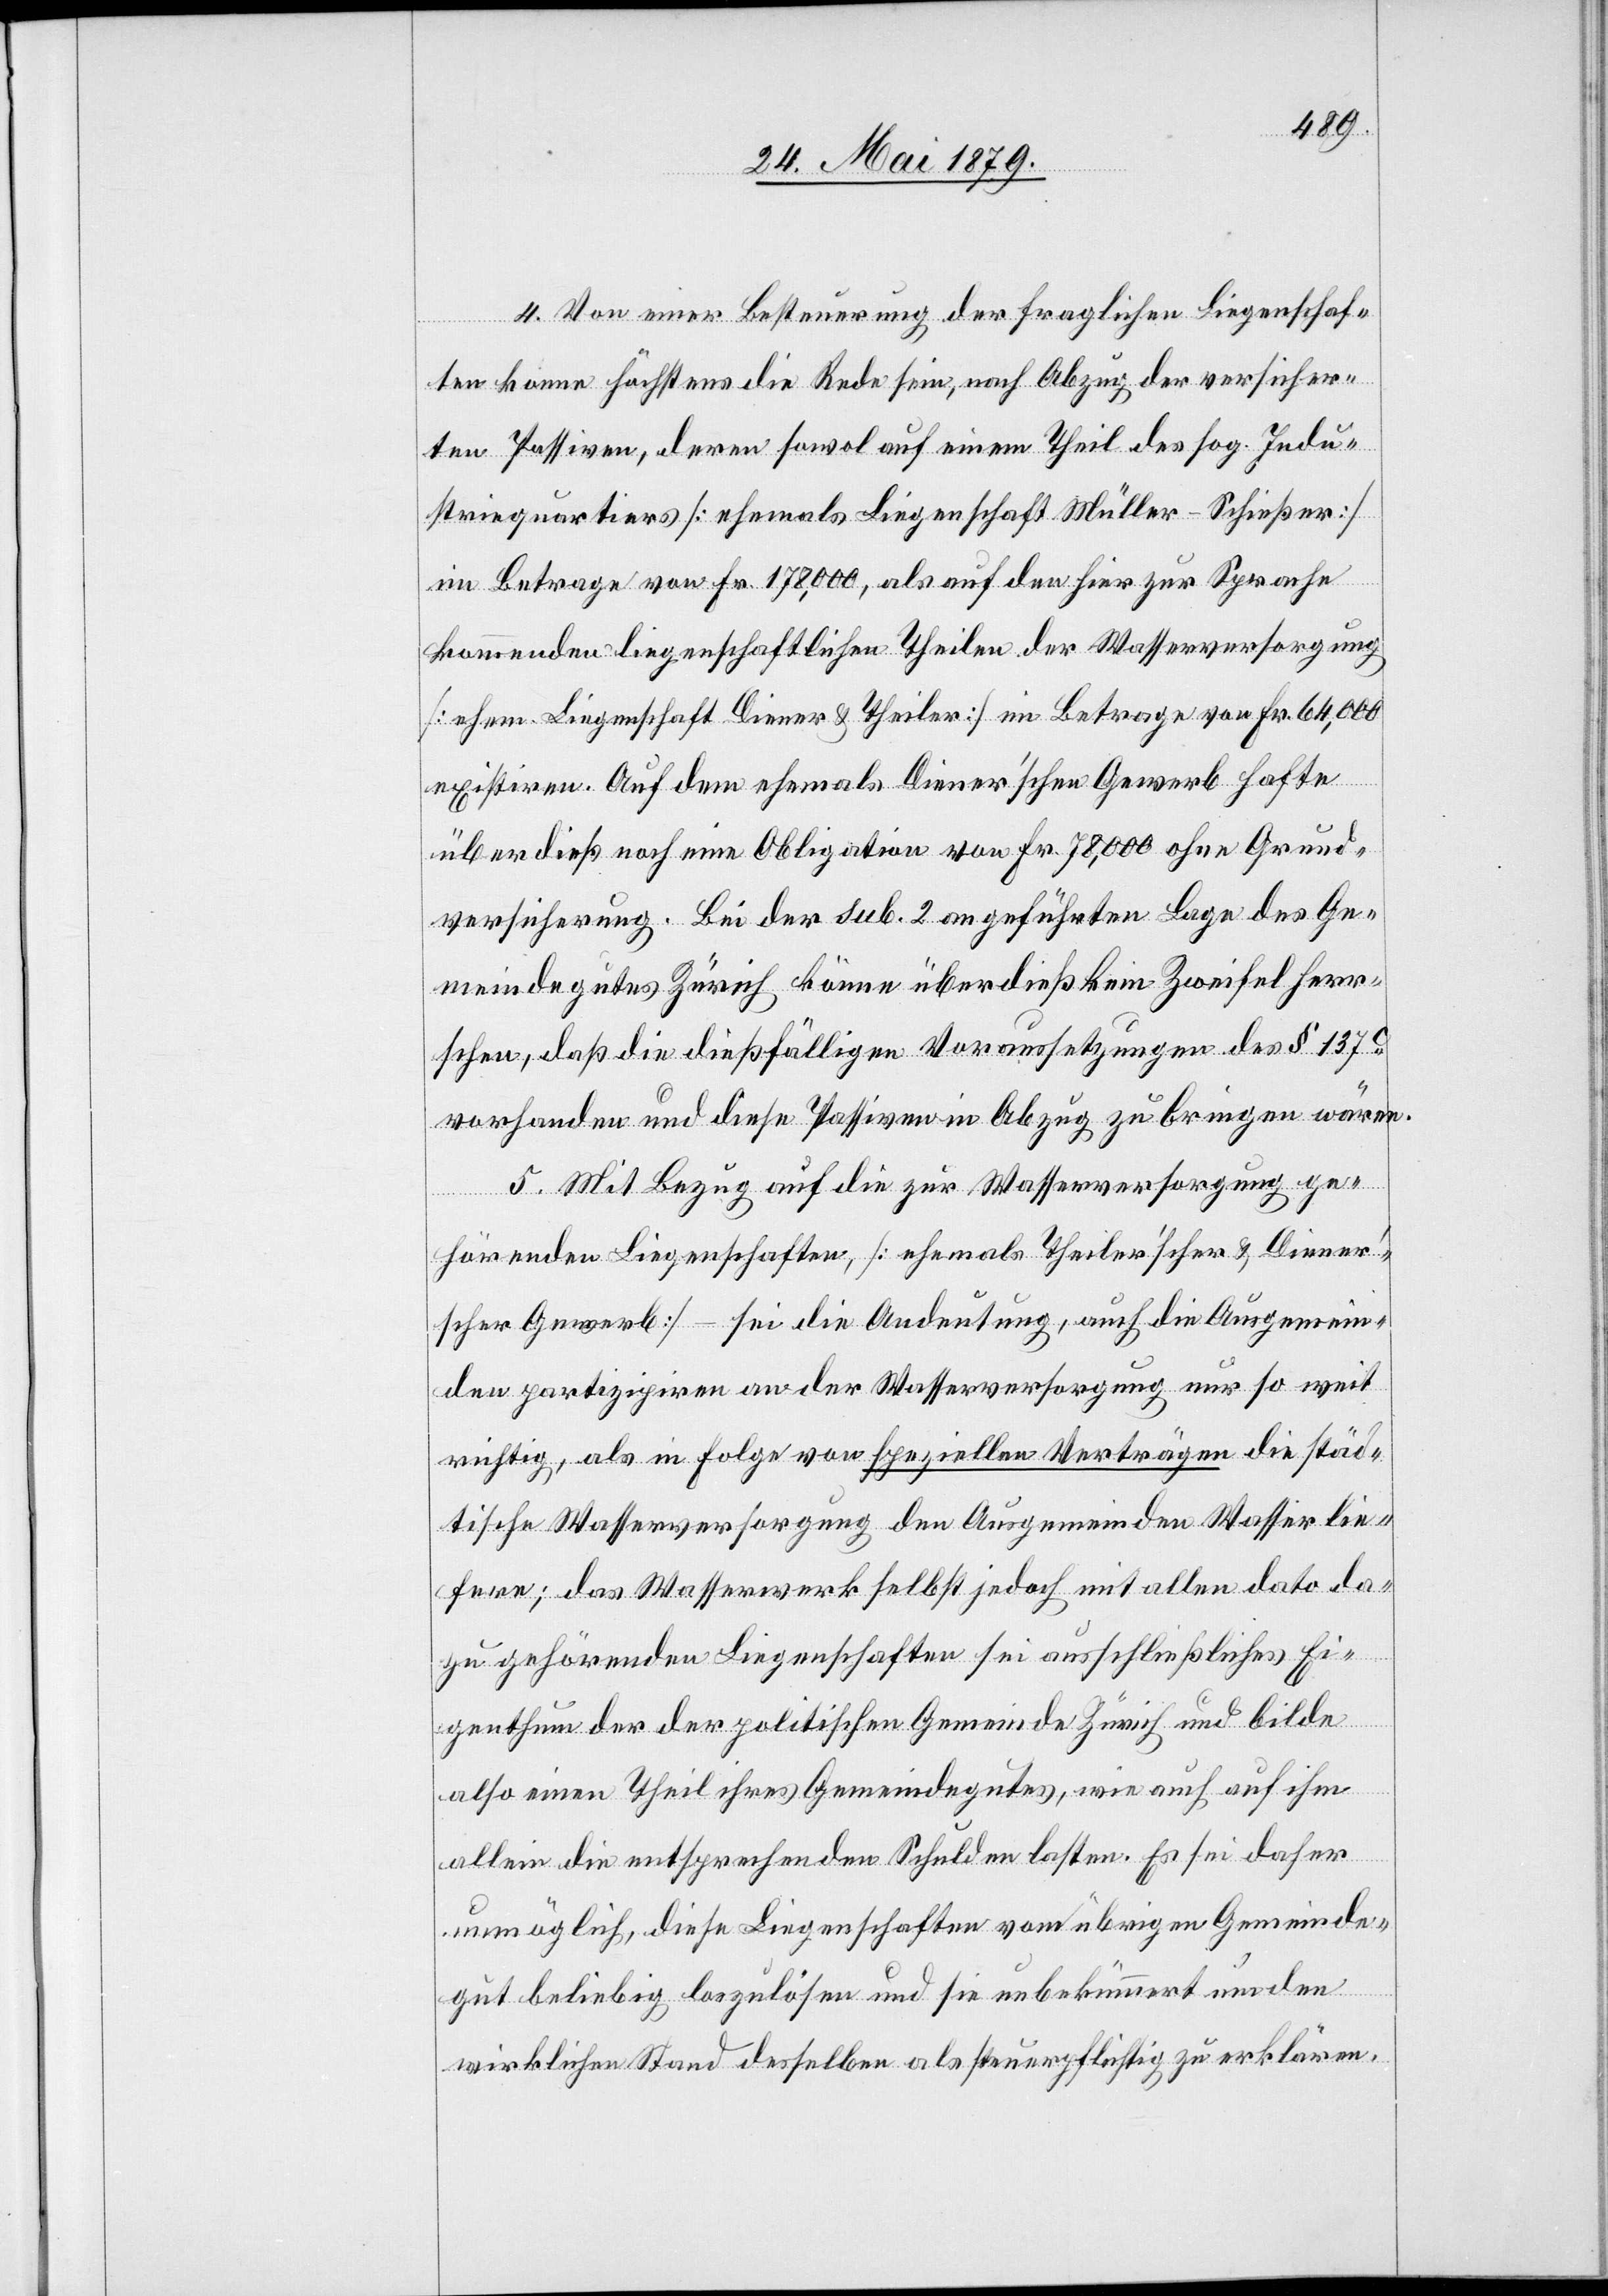
4. Von einer Besteuerung der fraglichen Liegenschaf¬
ten könne höchstens die Rede sein, nach Abzug der versicher¬
ten Passiven, deren sowol auf einem Theil des sog. Indu¬
striequartiers [ehemals Liegenschaft Müller-Schießer]
im Betrage von Fr. 178,000, als auf den hier zur Sprache
kommenden liegenschaftlichen Theilen der Wasserversorgung
[ehem. Liegenschaft Diener & Theiler] im Betrage von Fr. 64,000
existiren. Auf dem ehemals Diener’schen Gewerb hafte
überdieß noch eine Obligation von Fr. 78,000 ohne Grund¬
versicherung. Bei der sub. 2 angeführten Lage des Ge¬
meindegutes Zürich könne überdieß kein Zweifel herr¬
schen, daß die dießfälligen Voraussetzungen des § 137c
vorhanden und diese Passiven in Abzug zu bringen wären.
5. Mit Bezug auf die zur Wasserversorgung ge¬
hörenden Liegenschaften, [ehemals Theiler’scher & Diener’s¬
cher Gewerb] – sei die Andeutung, auch die Ausgemein¬
den partizipiren an der Wasserversorgung nur so weit
richtig, als in Folge von speziellen Verträgen die städ¬
tische Wasserversorgung den Ausgemeinden Wasser lie¬
fere; das Wasserwerk selbst jedoch mit allen dato da¬
zu gehörenden Liegenschaften sei ausschließliches Ei¬
genthum der der [sic!] politischen Gemeinde Zürich und bilde
also einen Theil ihres Gemeindegutes, wie auch auf ihm
allein die entsprechenden Schulden lasten. Es sei daher
unmöglich, diese Liegenschaften vom übrigen Gemeinde¬
gut beliebig loszulösen und sie unbekümmert um den
wirklichen Stand desselben als steuerpflichtig zu erklären.